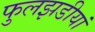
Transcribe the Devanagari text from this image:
फुलझडीयां